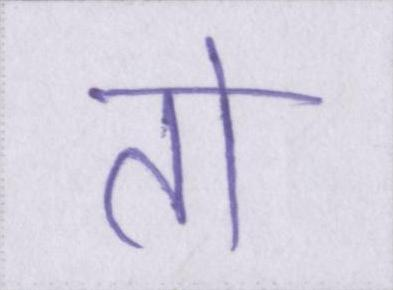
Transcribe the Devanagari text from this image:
तो